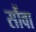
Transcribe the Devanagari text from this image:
सौंवा